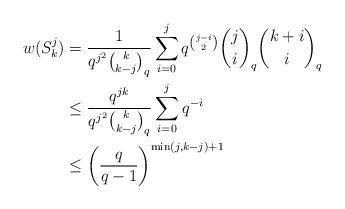
LaTeX: \begin{align*}w(S^j_k) &= \frac{1}{q^{j^2}{k \choose k-j}_q}\sum\limits_{i=0}^j q^{{j-i \choose 2}}{j \choose i}_q{k+i \choose i}_q\\&\leq \frac{q^{jk}}{q^{j^2}{k \choose k-j}_q}\sum\limits_{i=0}^j q^{-i}\\&\leq \left(\frac{q}{q-1}\right)^{\min(j,k-j)+1}\end{align*}